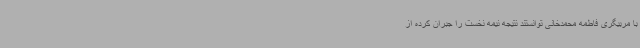
با مربیگری فاطمه محمدخانی توانستند نتیجه نیمه نخست را جبران کرده از